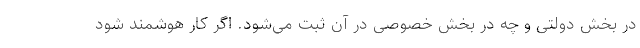
در بخش دولتی و چه در بخش خصوصی در آن ثبت می‌شود. اگر کار هوشمند شود